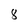
Character: 8